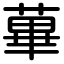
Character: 蓽